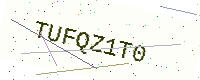
Text: TUFQZ1T0